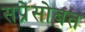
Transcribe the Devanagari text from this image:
सप्रेसोबत